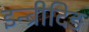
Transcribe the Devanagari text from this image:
इन्ब्रीदिङ